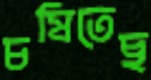
চষিতেছ